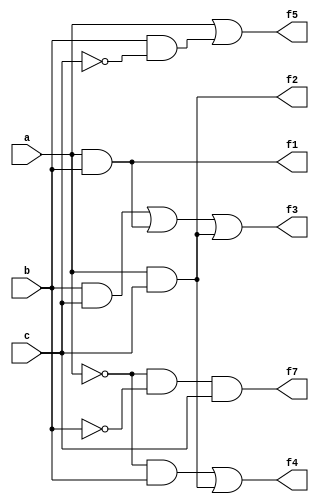
module prac1 (f1, f2, f3, f4, f5, f7, a, b, c);
 
input a, b, c;
output f1, f2, f3, f4, f5, f7;
wire w1, w2, w3, w4, w5, w6, w7, w8;

and a1(f1, a, b);

and a2(f2, a, c);

and a3(w1, b, c);
or o1(w2, w1, f1);
or o2(f3, w2, f2);

not n1(w3, a);
and a4(w4, w3, b);
or o3(f4, w4, f2);

not n2(w5, c);
and a5(w6, b, w5);
or o4(f5, a, w6);

not n3(w7, b);
and a6(w8, w3, w7);
and a7(f7, w8, c);

endmodule

// Most. Sabrina Naorin Sumona
// ID 181472565

module testbench_prac1;

reg a, b, c;
wire f1, f2, f3, f4, f5, f7;
prac1 f(f1, f2, f3, f4, f5, f7, a, b, c);
initial 
begin
a = 1'b0; b = 1'b0; c = 1'b0;
#10; a = 1'b0; b = 1'b0; c = 1'b1;
#10; a = 1'b0; b = 1'b1; c = 1'b0;
#10; a = 1'b0; b = 1'b1; c = 1'b1;
#10; a = 1'b1; b = 1'b0; c = 1'b0;
#10; a = 1'b1; b = 1'b0; c = 1'b1;
#10; a = 1'b1; b = 1'b1; c = 1'b0;
end

endmodule